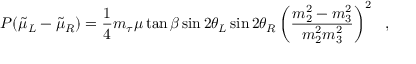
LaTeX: P ( \tilde { \mu } _ { L } - \tilde { \mu } _ { R } ) = \frac { 1 } { 4 } m _ { \tau } \mu \tan \beta \sin 2 \theta _ { L } \sin 2 \theta _ { R } \left( \frac { m _ { 2 } ^ { 2 } - m _ { 3 } ^ { 2 } } { m _ { 2 } ^ { 2 } m _ { 3 } ^ { 2 } } \right) ^ { 2 } \ \ ,